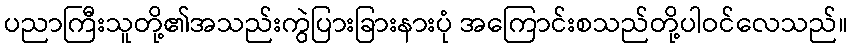
ပညာကြီးသူတို့၏အသည်းကွဲပြားခြားနားပုံ အကြောင်းစသည်တို့ပါဝင်လေသည်။